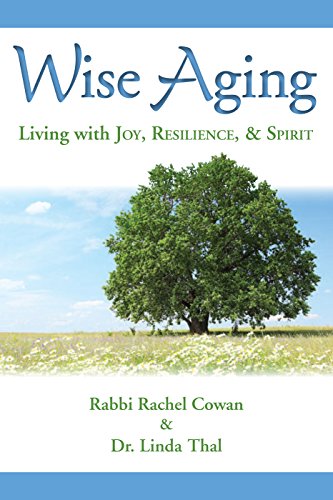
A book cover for Wise Aging; Rabbi Rachel Cowan; Self-Help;